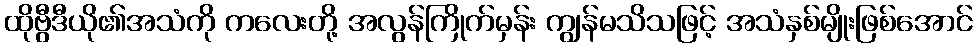
ထိုဗွီဒီယို၏အသံကို ကလေးတို့ အလွန်ကြိုက်မှန်း ကျွန်မသိသဖြင့် အသံနှစ်မျိုးဖြစ်အောင်